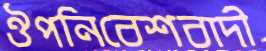
ঔপনিবেশবাদী